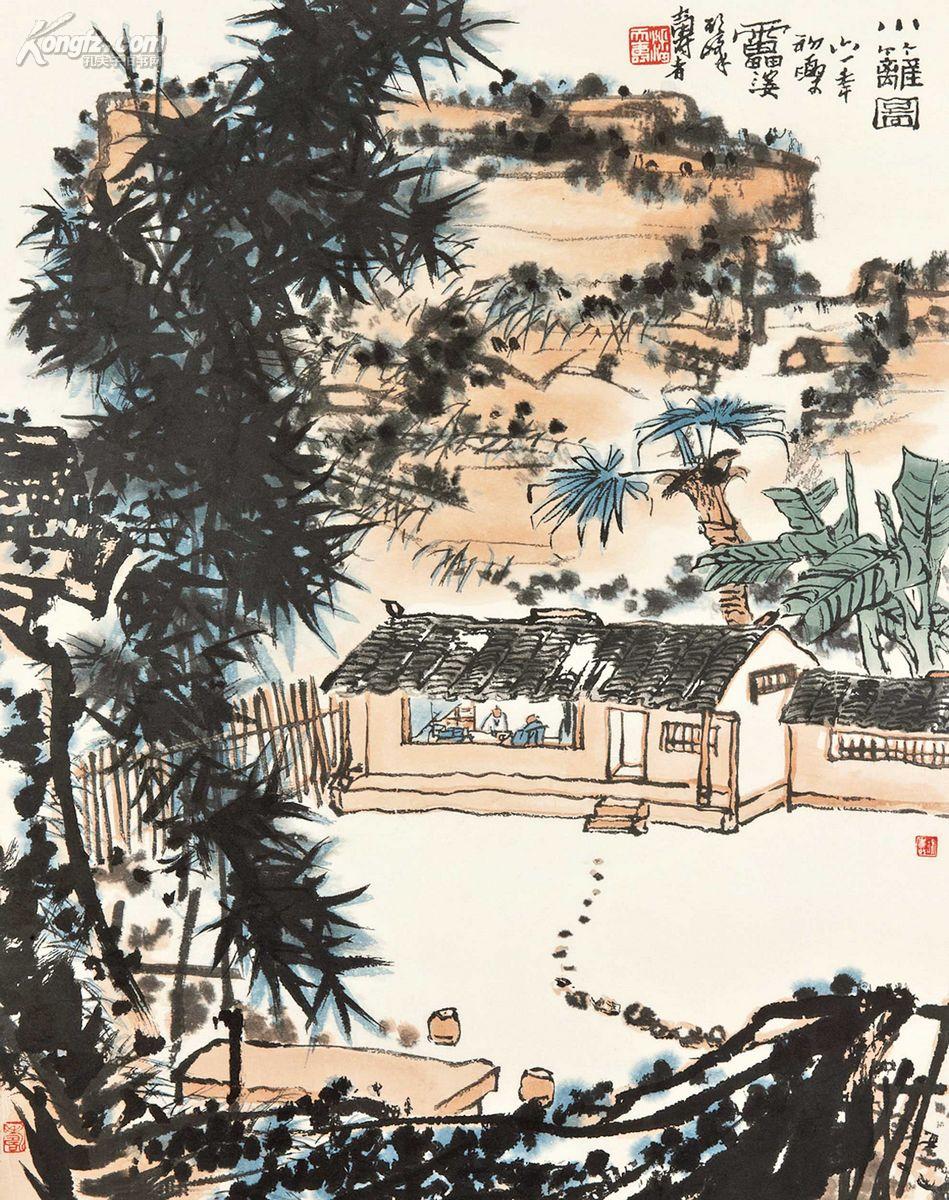
年年跃马长安市。客舍似家家似寄。